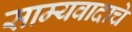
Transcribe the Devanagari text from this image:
साम्यवादाचे